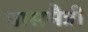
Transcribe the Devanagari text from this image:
प्रासमैत्री